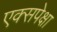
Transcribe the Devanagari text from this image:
एक्सपेक्षा